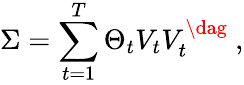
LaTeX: \Sigma=\sum_{t=1}^{T}\Theta_{t}V_{t}V_{t}^{\dag}\ ,